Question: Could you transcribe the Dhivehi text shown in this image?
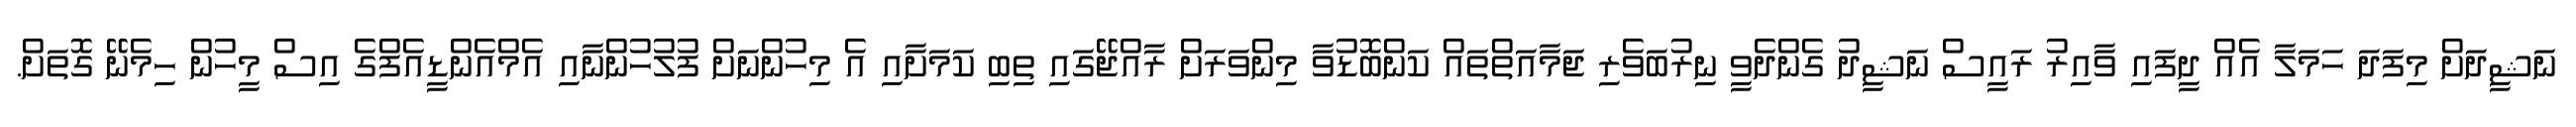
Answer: ނަޝީދަށް މިފަދަ ހަމަލާ އެއް ދީފައި ވާއިރު ރައީސް ނަޝީދު ގެންދެވީ ނިރުބަވެރި ޖަމާއަތްތައް ކަންބޮޑުވާ މިންވަރަށް ރާއްޖޭގައި ތިބި ކަމަށާއި އެ މިހުންނަށް ފުލުހުންނާއި އެމްއެންޑީއެފްގެ އިސް މީހުން ހިމެނޭ ގޮތަށް.